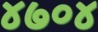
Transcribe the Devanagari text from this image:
४७०४